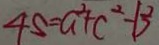
4 5 = a ^ { 2 } + c ^ { 2 } - 1 3